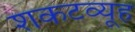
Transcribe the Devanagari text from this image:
शकटव्यूह